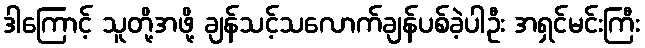
ဒါကြောင့် သူတို့အဖို့ ချန်သင့်သလောက်ချန်ပစ်ခဲ့ပါဦး အရှင်မင်းကြီး